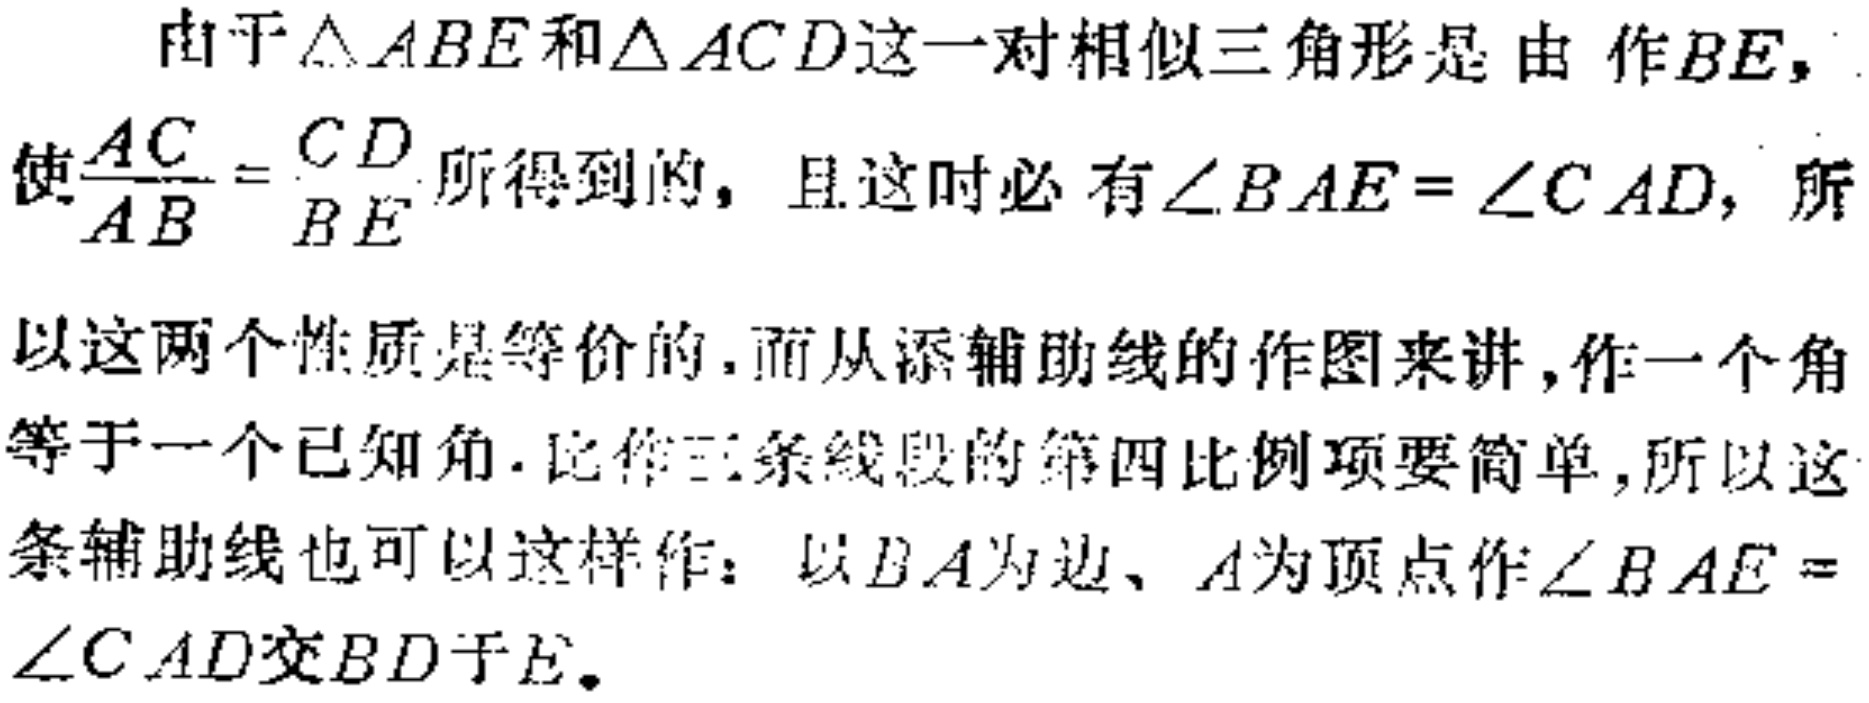
由于$\triangle ABE$和$\triangle ACD$这一对相似三角形是 由 作$BE$，使$\frac{AC}{AB}=\frac{CD}{BE}$所得到的，且这时必有$\angle BAE = \angle CAD$，所以这两个性质是等价的.而从添辅助线的作图来讲，作一个角等于一个已知角.比作三条线段的第四比例项要简单，所以这条辅助线也可以这样作：以$BA$为边、$A$为顶点作$\angle BAE = \angle CAD$交$BD$于$E$.